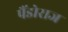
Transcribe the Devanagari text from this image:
पैंडोराज